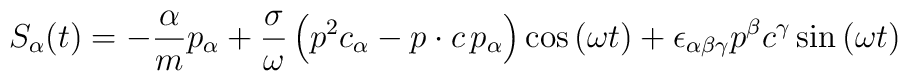
S_\alpha (t)=-\frac \alpha mp_\alpha +\frac \sigma \omega\left( p^2c_\alpha -p\cdot c\,p_\alpha \right) \cos \left( \omega t\right)+\epsilon _{\alpha \beta \gamma }p^\beta c^\gamma \sin \left( \omega t\right)